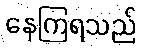
နေကြရသည်